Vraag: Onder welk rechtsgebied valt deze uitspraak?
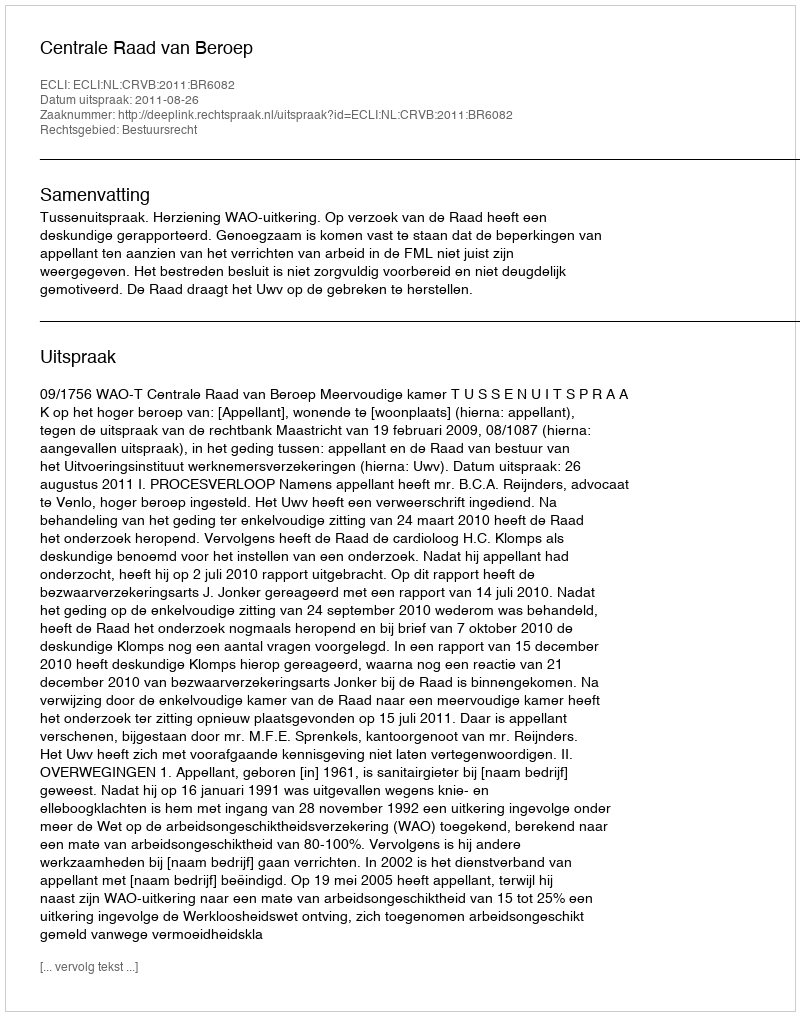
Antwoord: Bestuursrecht